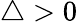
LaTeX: \triangle>0